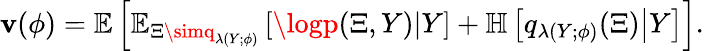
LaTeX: \mathbf{v}(\phi)=\mathbb{{E}}\left[\mathbb{{E}}_{\Xi\simq_{\lambda(Y;\phi)}}\left[\logp(\Xi,Y)\middle|Y\right]+\mathbb{{H}}\left[q_{\lambda(Y;\phi)}(\Xi)\middle|Y\right]\right].